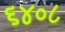
૬૪૦૮